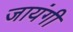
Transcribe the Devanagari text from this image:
जायंगी